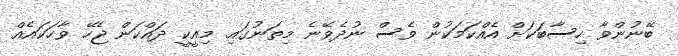
ބޭނުންވާ ހިސާބަކަށް އެއްކަމަކުން ވެސް ނުދެވޭނެ މިތަނުގައި. މިއީކީ ދައްކަން ޖެހޭ ވާހަކައެއް